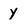
Character: y